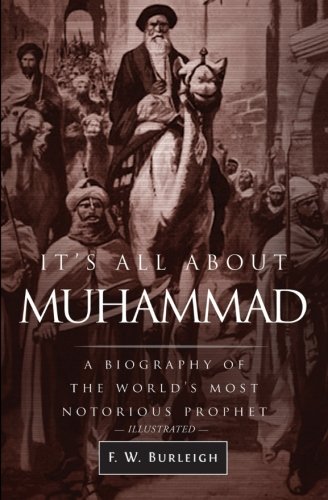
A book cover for It's All About Muhammad: A Biography of the World's Most Notorious Prophet; F. W. Burleigh; Religion & Spirituality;